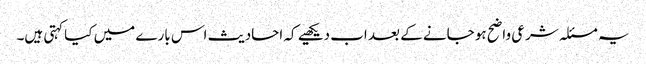
یہ مسئلہ شرعی واضح ہو جانے کے بعد اب دیکھیے کہ احادیث اس بارے میں کیا کہتی ہیں۔